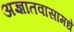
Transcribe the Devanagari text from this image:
अज्ञातवासामधे